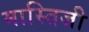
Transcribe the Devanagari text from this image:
मास्तिजी